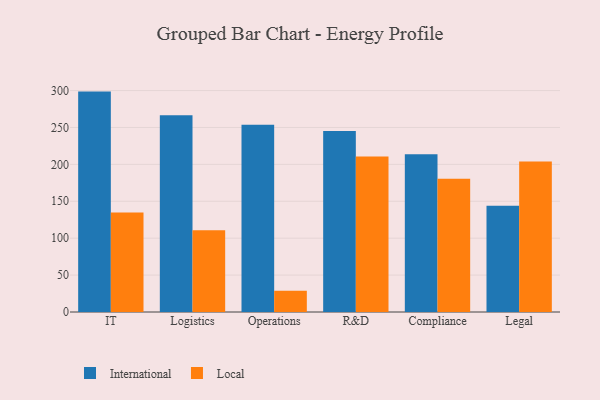
{"axis": {"x": "Department", "y": "Gross Profit (USD K)"}, "legend": ["International", "Local"], "data": [{"x": "IT", "y": 298.6, "type": "International"}, {"x": "IT", "y": 134.9, "type": "Local"}, {"x": "Logistics", "y": 266.5, "type": "International"}, {"x": "Logistics", "y": 110.8, "type": "Local"}, {"x": "Operations", "y": 253.7, "type": "International"}, {"x": "Operations", "y": 28.7, "type": "Local"}, {"x": "R&D", "y": 245.3, "type": "International"}, {"x": "R&D", "y": 210.8, "type": "Local"}, {"x": "Compliance", "y": 213.8, "type": "International"}, {"x": "Compliance", "y": 180.4, "type": "Local"}, {"x": "Legal", "y": 144.1, "type": "International"}, {"x": "Legal", "y": 203.8, "type": "Local"}]}